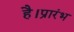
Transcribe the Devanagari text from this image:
है।प्रारंभ